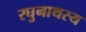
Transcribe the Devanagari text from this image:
रघुनाथस्य